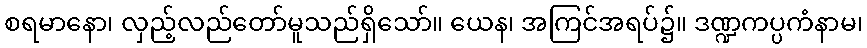
စရမာနော၊ လှည့်လည်တော်မူသည်ရှိသော်။ ယေန၊ အကြင်အရပ်၌။ ဒဏ္ဍကပ္ပကံနာမ၊